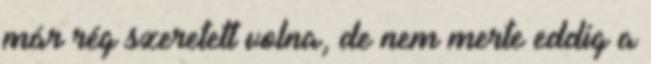
már rég szeretett volna, de nem merte eddig a